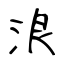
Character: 浪